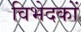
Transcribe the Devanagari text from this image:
विभेदकों